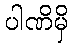
ပါဏိမှိ